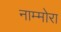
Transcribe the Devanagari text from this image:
नाम्मोरा